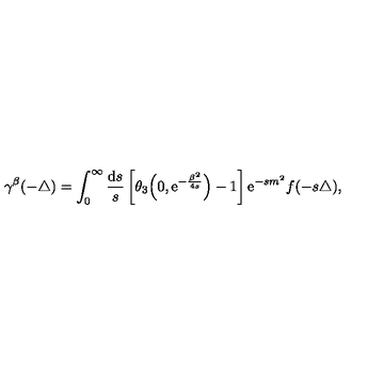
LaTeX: \gamma ^ { \beta } ( { - \triangle } ) = \int _ { 0 } ^ { \infty } { \frac { { \mathrm { d } } s } { s } } \left[ \theta _ { 3 } \Big ( 0 , { \mathrm { e } } ^ { - \frac { \beta ^ { 2 } } { 4 s } } \Big ) - 1 \right] { \mathrm e } ^ { - s m ^ { 2 } } f ( - s \triangle ) ,